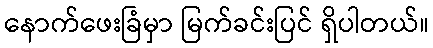
နောက်ဖေးခြံမှာ မြက်ခင်းပြင် ရှိပါတယ်။